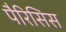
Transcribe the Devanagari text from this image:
पैरिसिस